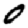
Digit: 0